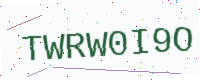
Text: TWRW0I9O